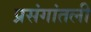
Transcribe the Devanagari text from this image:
प्रसंगांतली